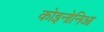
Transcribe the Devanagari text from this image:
कोइनोनिआ